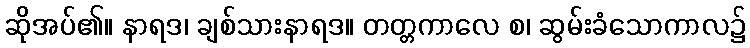
ဆိုအပ်၏။ နာရဒ၊ ချစ်သားနာရဒ။ တတ္တကာလေ စ၊ ဆွမ်းခံသောကာလ၌